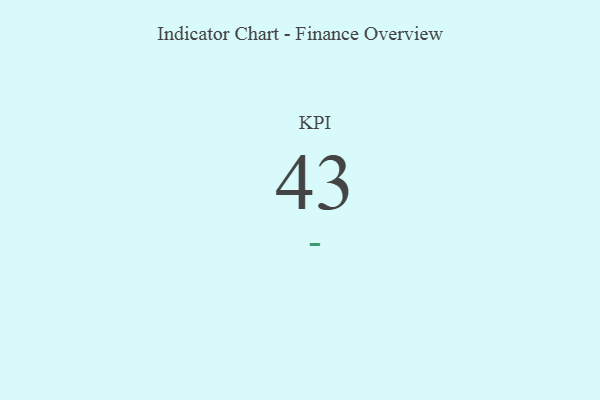
{"axis": {"x": "KPI", "y": "Value"}, "legend": [""], "data": [{"x": "KPI", "y": 43, "type": ""}]}